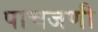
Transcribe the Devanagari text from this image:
पाचजणी